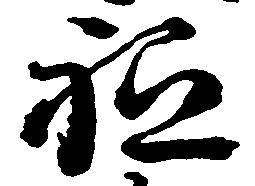
祗